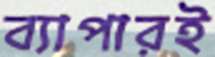
ব্যাপারই